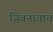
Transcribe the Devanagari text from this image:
जिवनाचाच